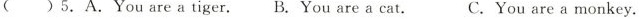
()5.A. You are a tiger.B. You are a cat. C.You are a monkey.